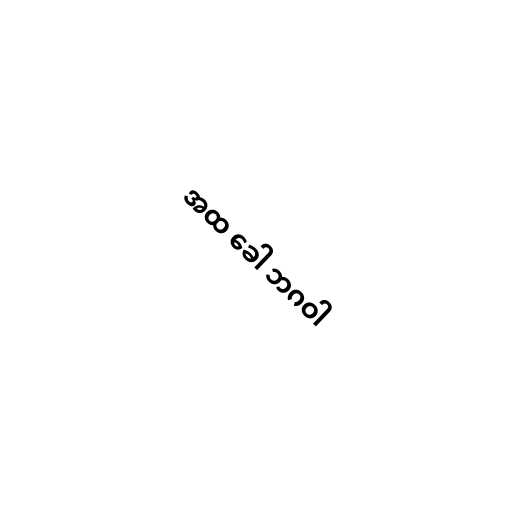
အထ ခေါ ဘဂဝါ